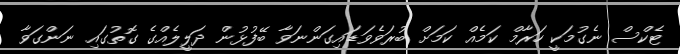
ޓެކްސް ނެގުމަކީ ހަރާމް ކަމެއް ކަމަށް ބުރަވެވަޑައިގަންނަވާ ބޭފުޅުން ދަލީލެއްގެ ގޮތުގައި ނަންގަވާ